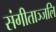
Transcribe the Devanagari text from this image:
संगीताञ्जलि